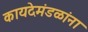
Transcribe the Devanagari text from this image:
कायदेमंडळांना